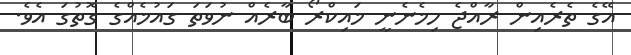
އޭގެ ތެރެއިން ރާއްޖެ ހިމެނެނީ މައިކްރޯ ބާރެއް ނުވަތަ ގައުމެއްގެ ގޮތުގަ އެވެ.